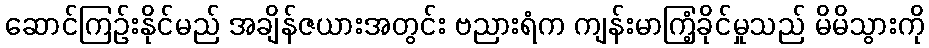
ဆောင်ကြဉ်းနိုင်မည် အချိန်ဇယားအတွင်း ဗညားရံက ကျန်းမာကြံ့ခိုင်မှုသည် မိမိသွားကို